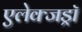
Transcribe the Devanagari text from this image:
एलेक्जड्राॅ